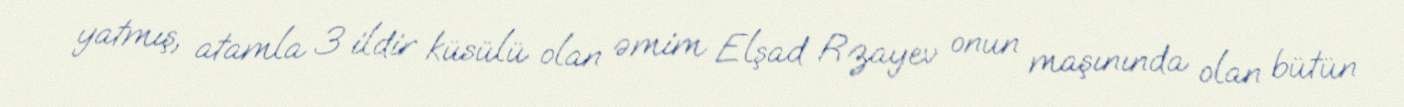
yatmış, atamla 3 ildir küsülü olan əmim Elşad Rzayev onun maşınında olan bütün